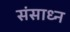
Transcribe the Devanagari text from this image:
संसाध्न